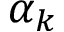
\alpha _ { k }